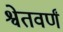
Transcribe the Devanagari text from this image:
श्वेतवर्णं